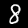
Digit: 8